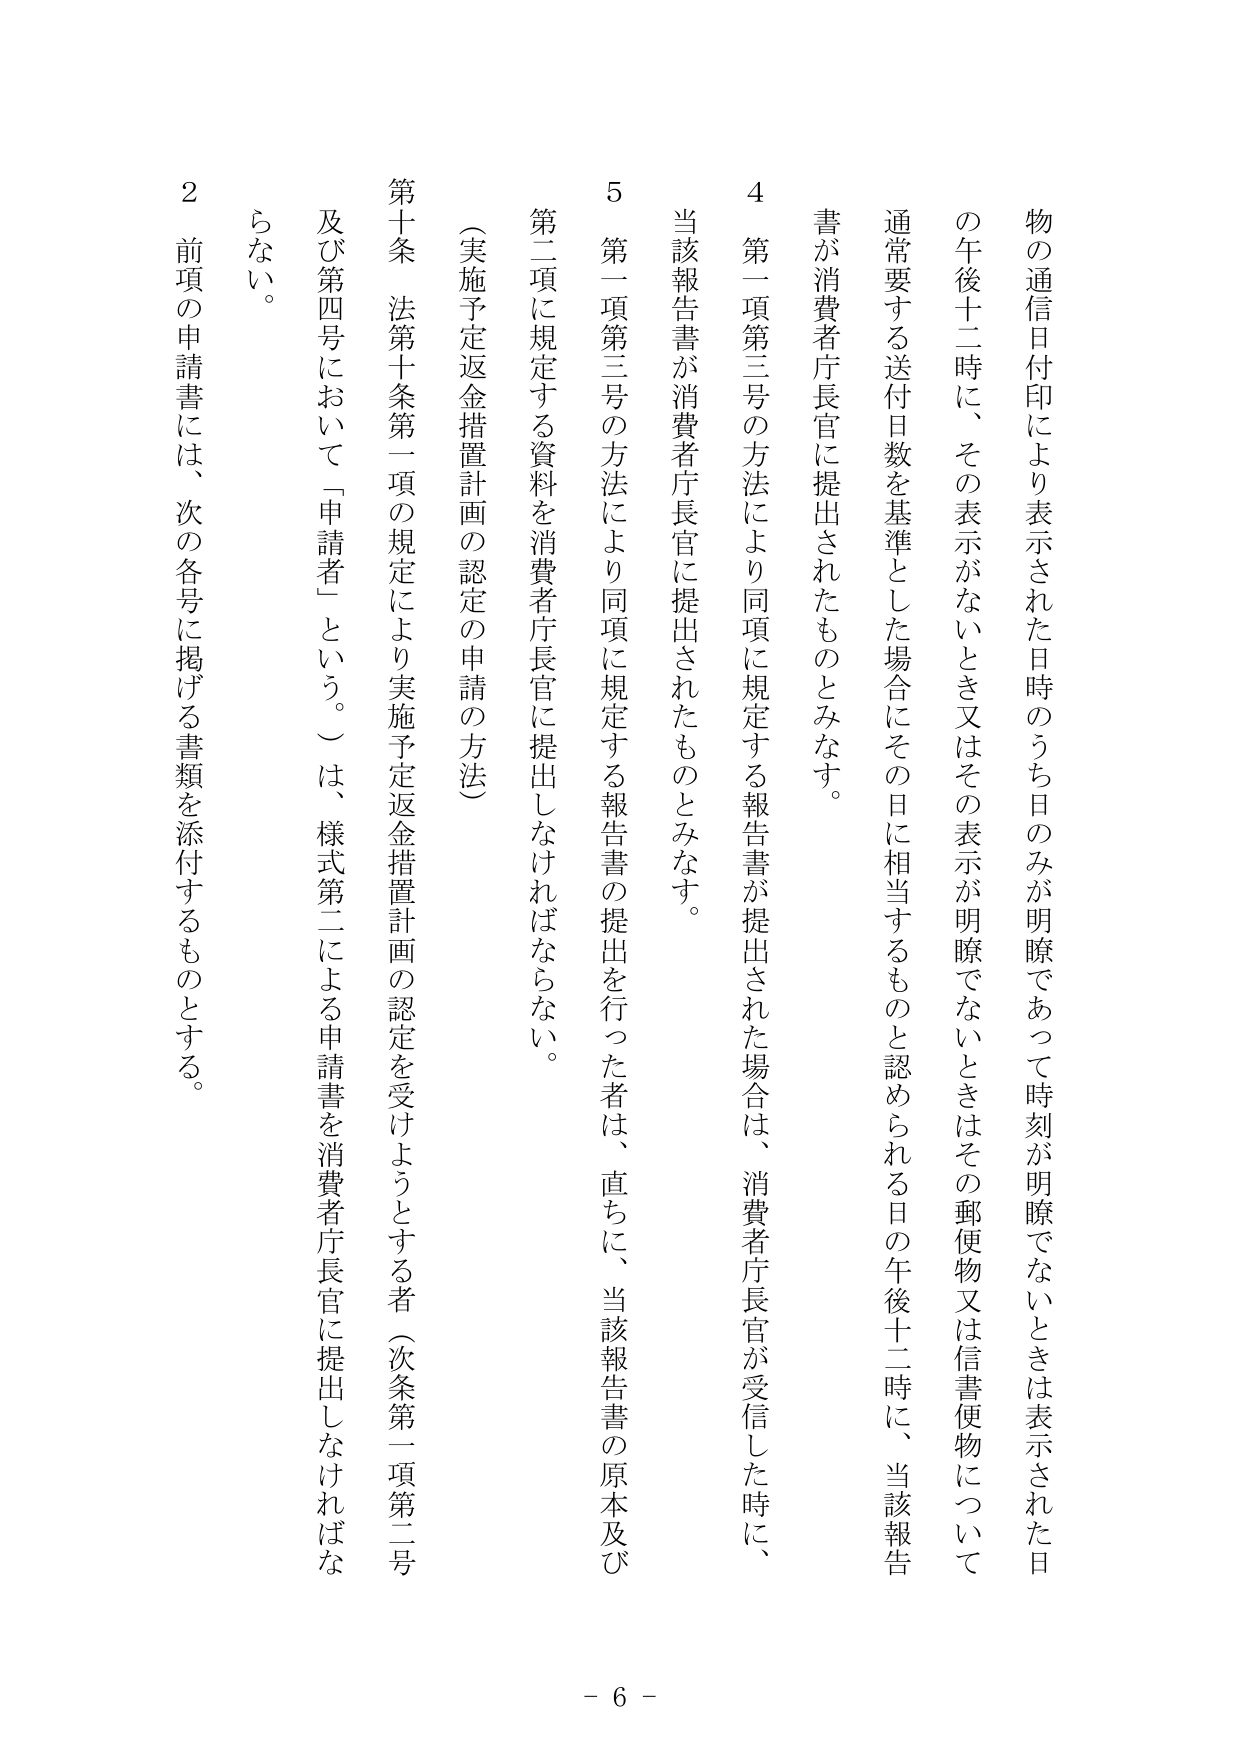
物の通信日付印により表示された日時のうち日のみが明瞭であって時刻が明瞭でないときは表示された日
の午後十二時に、その表示がないとき又はその表示が明瞭でないときはその郵便物又は信書便物について
通常要する送付日数を基準とした場合にその日に相当するものと認められる日の午後十二時に、当該報告
書が消費者庁長官に提出されたものとみなす。
4 第一項第三号の方法により同項に規定する報告書が提出された場合は、消費者庁長官が受信した時に、
当該報告書が消費者庁長官に提出されたものとみなす。
5 第一項第三号の方法により同項に規定する報告書の提出を行った者は、直ちに、当該報告書の原本及び
第二項に規定する資料を消費者庁長官に提出しなければならない。
（実施予定返金措置計画の認定の申請の方法）
第十条 法第十条第一項の規定により実施予定返金措置計画の認定を受けようとする者（次条第一項第二号
及び第四号において「申請者」という。）は、様式第二による申請書を消費者庁長官に提出しなければな
らない。
2 前項の申請書には、次の各号に掲げる書類を添付するものとする。
- 6 -